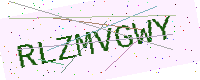
Text: RLZMVGWY